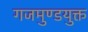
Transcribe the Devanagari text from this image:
गजमुण्डयुक्त